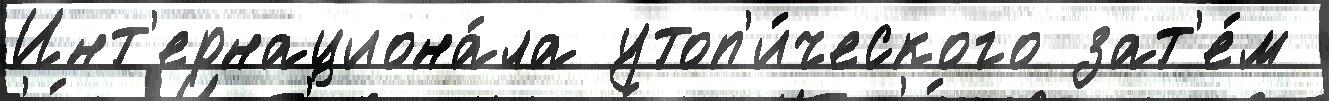
Инт'ернациона́ла утоп'и́ческого зат'е́м